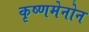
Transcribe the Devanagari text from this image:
कृष्णमेनोन